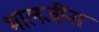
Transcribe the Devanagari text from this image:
भालजींना